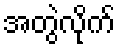
အတွဲလိုက်